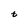
Character: t